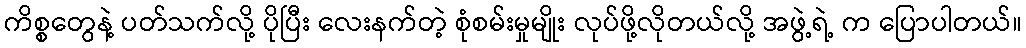
ကိစ္စတွေနဲ့ ပတ်သက်လို့ ပိုပြီး လေးနက်တဲ့ စုံစမ်းမှုမျိုး လုပ်ဖို့လိုတယ်လို့ အဖွဲ့ရဲ့ က ပြောပါတယ်။